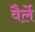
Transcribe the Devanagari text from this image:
वैर्ले